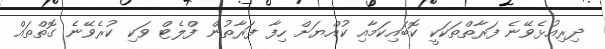
ދިރިއުޅެވޭނެ ފަރާތްތަކަކީ ކޮބައިކަމާއި ކުއްޔަށް ހިފާ ފަރާތުން ފްލެޓް ވަކި ކުރެވޭނެ ގޮތްތައް